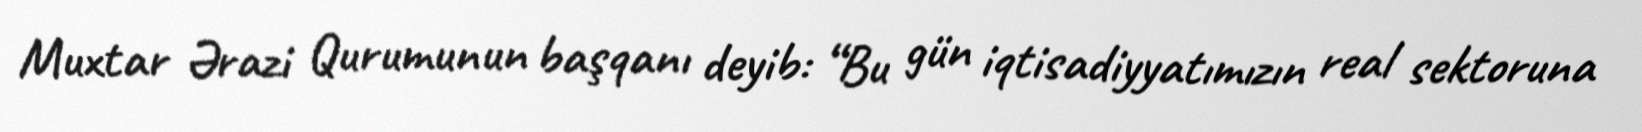
Muxtar Ərazi Qurumunun başqanı deyib: “Bu gün iqtisadiyyatımızın real sektoruna